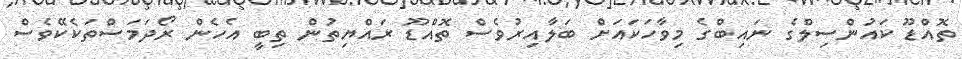
ތޮއްޑޫ ކައުންސިލްގެ ނައިބްގެ މިވާހަކައަށް ބަލާއިރުވެސް ތޮއްޑޫ ރައްޔިތުން ތިބީ އެހެން ރޯދަމަސްތަކެކޭވެސް